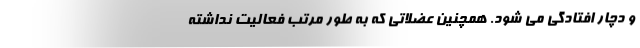
و دچار افتادگی می شود. همچنین عضلاتی که به طور مرتب فعالیت نداشته